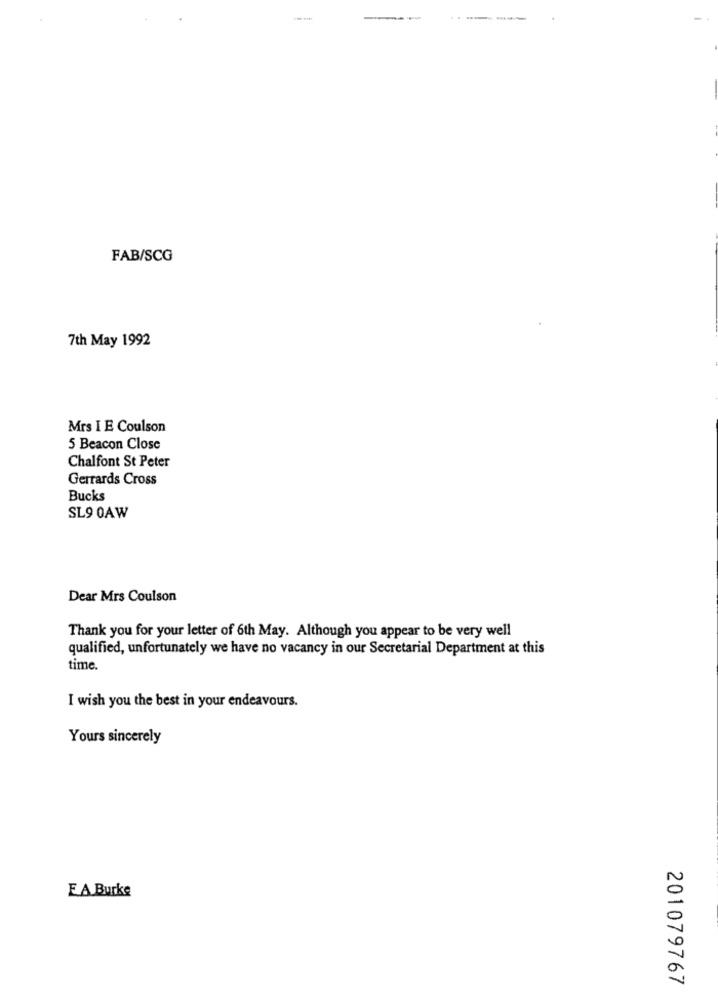
-----
FAB/SCG
7th May 1992
Mrs I E Coulson
5 Beacon Close
Chalfont St Peter
Gerrards Cross
Bucks
SL9 0AW
Dear Mrs Coulson
Thank you for your letter of 6th May. Although you appear to be very well
qualified, unfortunately we have no vacancy in our Secretarial Department at this
time.
I wish you the best in your endeavours.
Yours sincerely
EA Burke
201079767